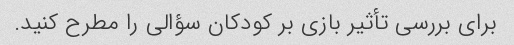
برای بررسی تأثیر بازی بر کودکان سؤالی را مطرح کنید.